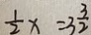
\frac { 1 } { 2 } x = 3 \frac { 3 } { 2 }